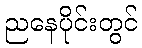
ညနေပိုင်းတွင်